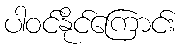
ပါဝင်နိုင်ကြောင်း